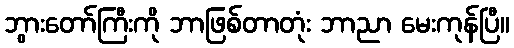
ဘွားတော်ကြီးကို ဘာဖြစ်တာတုံး ဘာညာ မေးကုန်ပြီ။